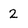
Character: 2